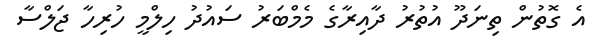
އެ ގޮތުން ތިނަދޫ އުތުރު ދާއިރާގެ މެމްބަރު ސައުދު ހިލްމީ ހުރިހާ ޖަލްސާ